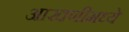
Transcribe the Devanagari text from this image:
आखणीमध्ये